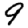
Digit: 9